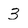
Character: 3